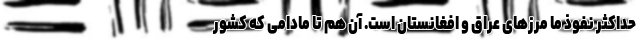
حداکثر نفوذ ما مرزهای عراق و افغانستان است. آن هم تا مادامی که کشور